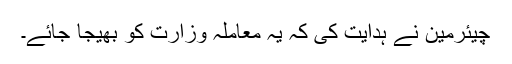
چیئرمین نے ہدایت کی کہ یہ معاملہ وزارت کو بھیجا جائے۔